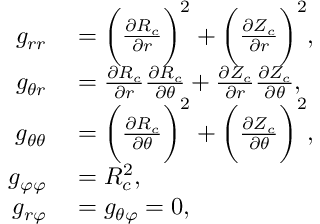
\begin{array} { r l } { g _ { r r } } & { { } = \bigg ( \frac { \partial R _ { c } } { \partial r } \bigg ) ^ { 2 } + \bigg ( \frac { \partial Z _ { c } } { \partial r } \bigg ) ^ { 2 } , } \\ { g _ { \theta r } } & { { } = \frac { \partial R _ { c } } { \partial r } \frac { \partial R _ { c } } { \partial \theta } + \frac { \partial Z _ { c } } { \partial r } \frac { \partial Z _ { c } } { \partial \theta } , } \\ { g _ { \theta \theta } } & { { } = \bigg ( \frac { \partial R _ { c } } { \partial \theta } \bigg ) ^ { 2 } + \bigg ( \frac { \partial Z _ { c } } { \partial \theta } \bigg ) ^ { 2 } , } \\ { g _ { \varphi \varphi } } & { { } = R _ { c } ^ { 2 } , } \\ { g _ { r \varphi } } & { { } = g _ { \theta \varphi } = 0 , } \end{array}